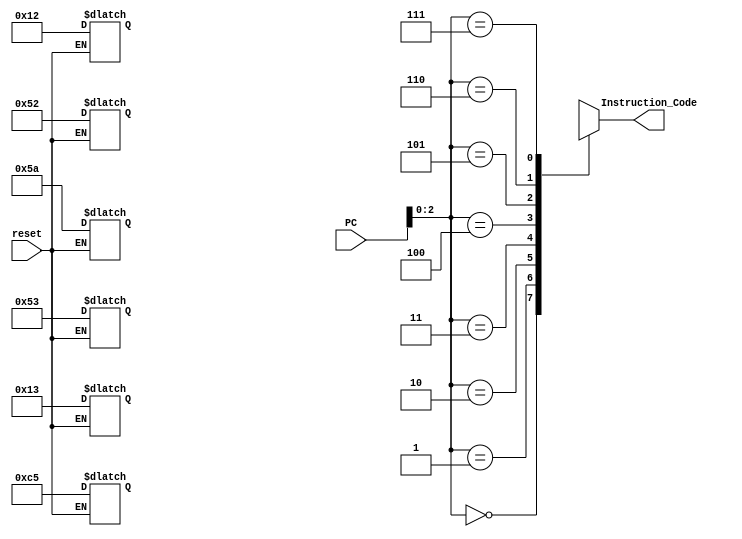


module Instruction_Memory( input [7:0] PC, input reset,output reg[7:0] Instruction_Code);
reg [7:0] Mem[7:0]; //byte addressable memory 8 locations

always @ (*) 
begin
Instruction_Code= {Mem[PC]};
end

//handling reset condition
always@(reset)
begin
if(reset==0) //if reset is equal to logic 0
	begin
// Instructions and their respective Hex Code. 
//	mov R2, R2	12
//	add R2, R2	52
//	add R3, R2	5A
//	j L1		C5
//	mov R2, R3	13
//L1:	add R2, R3	53

	Mem[5]=8'h53; Mem[4]=8'h13; Mem[3]=8'hC5; Mem[2]=8'h5A; Mem[1]=8'h52; Mem[0]=8'h12;
	
	end
end
endmodule

module Instruction_Fetch( input clk,input reset, output [7:0] Instruction_Code);

reg [7:0] PC;
wire [7:0] PC_wire;
wire [7:0] JumpAddr;
wire [7:0] PC_1;

//Instantiate the Instruction Memory here
Instruction_Memory Instr( PC, reset, Instruction_Code );
PC_adder adder(PC,PC_1);
JumpAddressGen M5( PC_1 , Instruction_Code , JumpAddr);
mux_2X1 mux1( PC_1 , JumpAddr, Instruction_Code[7], PC_wire);

always @(posedge clk)
begin
PC<=PC_wire;
end

always@(negedge reset)
begin
//if reset is equal to 0, then instantiate the PC with 0
if(reset==0)
PC <= 0;
end

initial 
begin
PC<=0;
end

endmodule

module mux_2X1( source0, source1, select, dout);
input [7:0]source0;
input [7:0]source1;
input select;
output reg [7:0]dout;

always @(*)
  if (select == 0)
    dout <= source0;
  else
    dout <= source1;
endmodule

module PC_adder(input [7:0]PC, output [7:0]PC_1);
assign PC_1=PC+1;
endmodule

module JumpAddressGen( input [7:0]PC_1 , input [7:0]PJA, output reg [7:0]jumpadd);
always@(*) begin
jumpadd={PC_1[7:6],PJA[5:0]};
end
endmodule